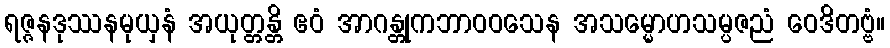
ရဇ္ဇနဒုဿနမုယှနံ အယုတ္တန္တိ ဧဝံ အာဂန္တုကဘာဝဝသေန အသမ္မောဟသမ္ပဇညံ ဝေဒိတဗ္ဗံ။